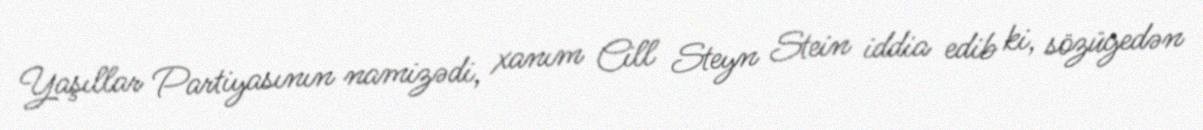
Yaşıllar Partiyasının namizədi, xanım Cill Steyn Stein iddia edib ki, sözügedən